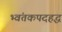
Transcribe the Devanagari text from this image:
भ्वंतकपदहद्ध